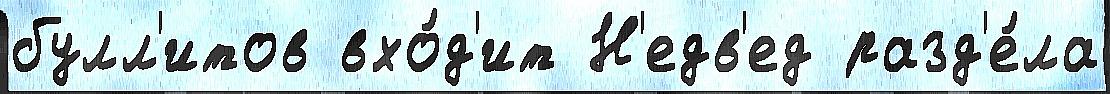
булл'итов вхо́д'ит Н'едв'ед разд'е́ла